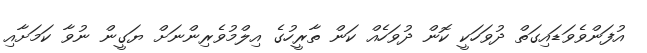
އުފަންވެވަޑައިގަތް ދުވަހަކީ ކޮން ދުވަހެއް ކަން ތާރީހުގެ އިލްމުވެރިންނަށް ޔަގީން ނުވާ ކަމަށާއި